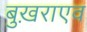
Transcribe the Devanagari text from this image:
बुख़राएव